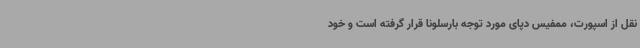
نقل از اسپورت، ممفیس دپای مورد توجه بارسلونا قرار گرفته است و خود